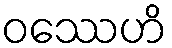
ဝဿေဟိ